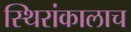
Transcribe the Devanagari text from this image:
स्थिरांकालाच